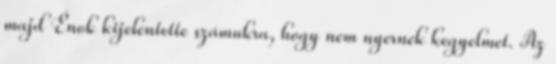
majd Énok kijelentette számukra, hogy nem nyernek kegyelmet. Az